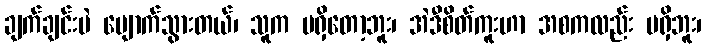
ချက်ချင်းပဲ ပျောက်သွားတယ်၊ သူက မရှိတော့ဘူး၊ အဲဒီစိတ်ကူးဟာ အစကလည်း မရှိဘူး၊